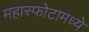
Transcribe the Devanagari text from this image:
महास्फोटामध्ये